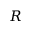
R